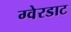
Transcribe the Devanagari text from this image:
ग्वेरडाट